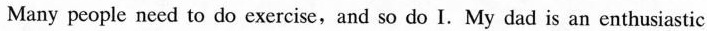
Many people need to do exercise,and so doI. My dad is an enthusiastic